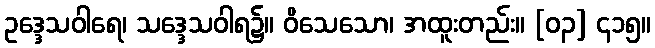
ဥဒ္ဒေသဝါရေ၊ သဒ္ဒေသဝါရ၌။ ဝိသေသော၊ အထူးတည်း။ [၀၃] ၄၁၅။